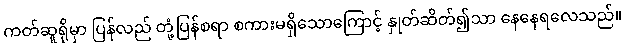
ကတ်ဆူရိုမှာ ပြန်လည် တုံ့ပြန်စရာ စကားမရှိသောကြောင့် နှုတ်ဆိတ်၍သာ နေနေရလေသည်။